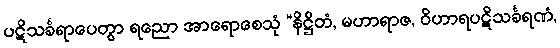
ပဋိသင်္ခရာပေတွာ ရညော အာရောစေသုံ “နိဋ္ဌိတံ, မဟာရာဇ, ဝိဟာရပဋိသင်္ခရဏံ,